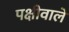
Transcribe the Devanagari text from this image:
पक्षीवाले